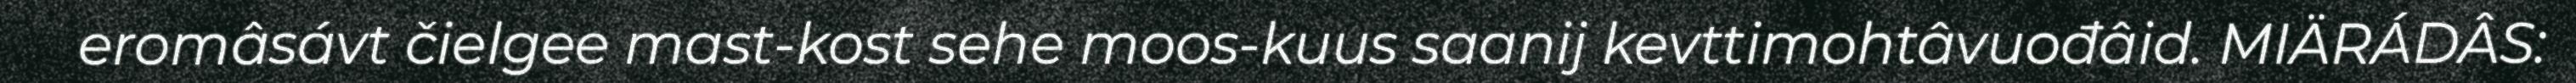
eromâsávt čielgee mast-kost sehe moos-kuus saanij kevttimohtâvuođâid. MIÄRÁDÂS: